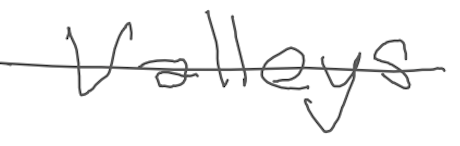
Text: valleys
Cross-out: single-line
Writing tool: digital_gray